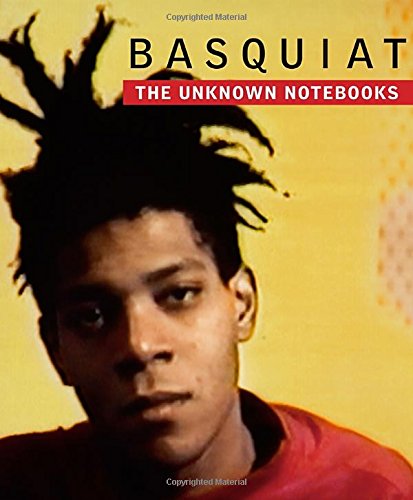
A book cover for Basquiat: The Unknown Notebooks; Arts & Photography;